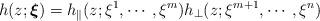
LaTeX: \begin{align*}h(z;\boldsymbol{\xi})=h_{\parallel}(z;\xi^1,\cdots,\xi^{m})h_{\perp}(z;\xi^{m+1},\cdots,\xi^{n}) \end{align*}